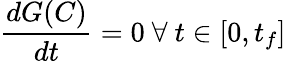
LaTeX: \frac{dG(C)}{dt}=0\ \forall\ t\in[0,t_{f}]